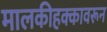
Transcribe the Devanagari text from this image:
मालकीहक्कावरून